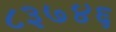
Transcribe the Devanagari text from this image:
८३७४६